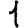
Digit: 1